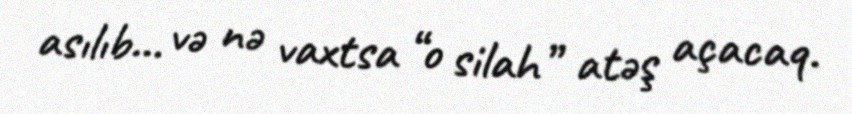
asılıb… və nə vaxtsa “o silah” atəş açacaq.